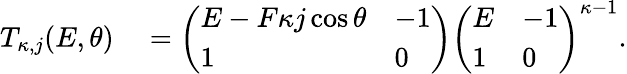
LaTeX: \begin{array}{rl}{T_{\kappa,j}(E,\theta)}&{{}=\left(\begin{array}{ll}{E-F\kappa j\cos{\theta}}&{-1}\\ {1}&{0}\end{array}\right)\left(\begin{array}{ll}{E}&{-1}\\ {1}&{0}\end{array}\right)^{\kappa-1}.}\end{array}